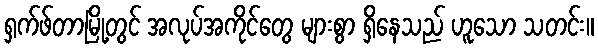
ရှက်ဖ်တာမြို့တွင် အလုပ်အကိုင်တွေ များစွာ ရှိနေသည် ဟူသော သတင်း။